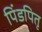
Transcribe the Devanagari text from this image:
पिंडपितृ